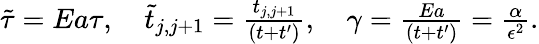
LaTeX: \begin{array}{r}{\tilde{\tau}=Ea\tau,\quad\tilde{t}_{j,j+1}=\frac{t_{j,j+1}}{\left(t+t^{\prime}\right)},\quad\gamma=\frac{Ea}{\left(t+t^{\prime}\right)}=\frac{\alpha}{\epsilon^{2}}.}\end{array}